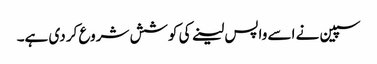
سپین نے اسے واپس لینے کی کوشش شروع کر دی ہے۔